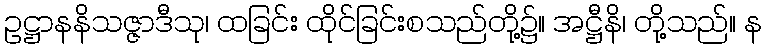
ဥဋ္ဌာနနိသဇ္ဇာဒီသု၊ ထခြင်း ထိုင်ခြင်းစသည်တို့၌။ အဋ္ဌီနိ၊ တို့သည်။ န